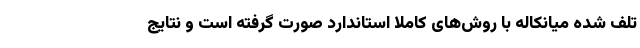
تلف شده میانکاله با روش‌های کاملا استاندارد صورت گرفته است و نتایج